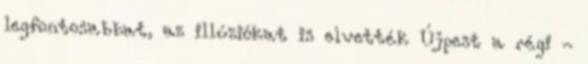
legfontosabbat, az illúziókat is elvették Újpest a régi -